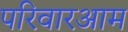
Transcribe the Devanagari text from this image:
परिवारआम